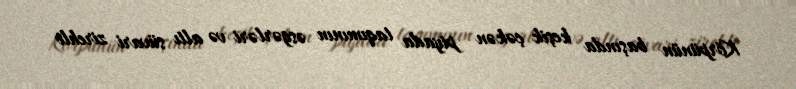
Körpünün başında keşik çəkən piyada taqımının əsgərləri və altı süvari zirehli